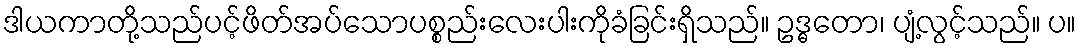
ဒါယကာတို့သည်ပင့်ဖိတ်အပ်သောပစ္စည်းလေးပါးကိုခံခြင်းရှိသည်။ ဥဒ္ဓတော၊ ပျံ့လွင့်သည်။ ပ။